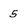
Character: 5